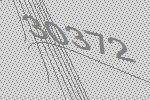
30372